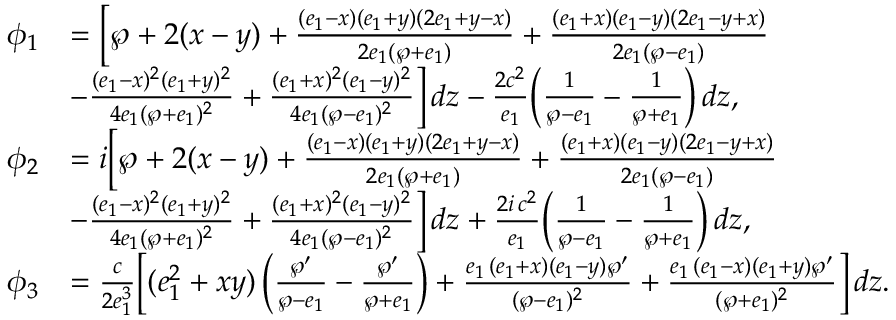
\begin{array} { r l } { \phi _ { 1 } } & { = \Big [ \wp + 2 ( x - y ) + \frac { ( e _ { 1 } - x ) ( e _ { 1 } + y ) ( 2 e _ { 1 } + y - x ) } { 2 e _ { 1 } ( \wp + e _ { 1 } ) } + \frac { ( e _ { 1 } + x ) ( e _ { 1 } - y ) ( 2 e _ { 1 } - y + x ) } { 2 e _ { 1 } ( \wp - e _ { 1 } ) } } \\ & { - \frac { ( e _ { 1 } - x ) ^ { 2 } ( e _ { 1 } + y ) ^ { 2 } } { 4 e _ { 1 } ( \wp + e _ { 1 } ) ^ { 2 } } + \frac { ( e _ { 1 } + x ) ^ { 2 } ( e _ { 1 } - y ) ^ { 2 } } { 4 e _ { 1 } ( \wp - e _ { 1 } ) ^ { 2 } } \Big ] \, d z - \frac { 2 c ^ { 2 } } { e _ { 1 } } \Big ( \frac { 1 } { \wp - e _ { 1 } } - \frac { 1 } { \wp + e _ { 1 } } \Big ) \, d z , } \\ { \phi _ { 2 } } & { = i \Big [ \wp + 2 ( x - y ) + \frac { ( e _ { 1 } - x ) ( e _ { 1 } + y ) ( 2 e _ { 1 } + y - x ) } { 2 e _ { 1 } ( \wp + e _ { 1 } ) } + \frac { ( e _ { 1 } + x ) ( e _ { 1 } - y ) ( 2 e _ { 1 } - y + x ) } { 2 e _ { 1 } ( \wp - e _ { 1 } ) } } \\ & { - \frac { ( e _ { 1 } - x ) ^ { 2 } ( e _ { 1 } + y ) ^ { 2 } } { 4 e _ { 1 } ( \wp + e _ { 1 } ) ^ { 2 } } + \frac { ( e _ { 1 } + x ) ^ { 2 } ( e _ { 1 } - y ) ^ { 2 } } { 4 e _ { 1 } ( \wp - e _ { 1 } ) ^ { 2 } } \Big ] \, d z + \frac { 2 i \, c ^ { 2 } } { e _ { 1 } } \Big ( \frac { 1 } { \wp - e _ { 1 } } - \frac { 1 } { \wp + e _ { 1 } } \Big ) \, d z , } \\ { \phi _ { 3 } } & { = \frac { c } { 2 e _ { 1 } ^ { 3 } } \Big [ ( e _ { 1 } ^ { 2 } + x y ) \, \Big ( \frac { \wp ^ { \prime } } { \wp - e _ { 1 } } - \frac { \wp ^ { \prime } } { \wp + e _ { 1 } } \Big ) + \frac { e _ { 1 } \, ( e _ { 1 } + x ) ( e _ { 1 } - y ) \wp ^ { \prime } } { ( \wp - e _ { 1 } ) ^ { 2 } } + \frac { e _ { 1 } \, ( e _ { 1 } - x ) ( e _ { 1 } + y ) \wp ^ { \prime } } { ( \wp + e _ { 1 } ) ^ { 2 } } \Big ] \, d z . } \end{array}